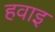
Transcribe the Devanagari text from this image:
हवाइ